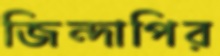
জিন্দাপির